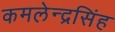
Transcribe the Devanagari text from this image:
कमलेन्द्रसिंह